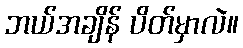
ဘယ်အချိန် ပိတ်မှာလဲ။